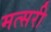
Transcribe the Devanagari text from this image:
मत्सरी